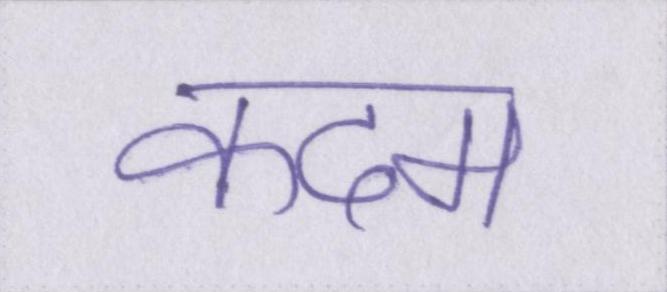
कदम